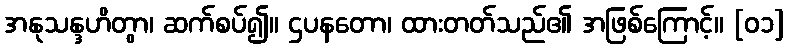
အနုသန္ဒဟိတွာ၊ ဆက်စပ်၍။ ဌပနတော၊ ထားတတ်သည်၏ အဖြစ်ကြောင့်။ [၀၁]